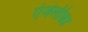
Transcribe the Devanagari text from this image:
एंजेलीका